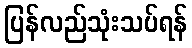
ပြန်လည်သုံးသပ်ရန်